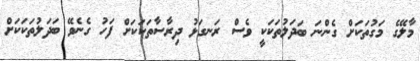
މާލޭގެ މަގުތަކަށް ގެންނަ ބަދަލުތަކަކީ ވެސް ރަނގަޅު ދިރާސާތަކަކަށް ފަހު ގެނެވޭ ބަދަލުތަކަކަށް